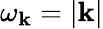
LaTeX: \omega_{\mathbf{k}}=|\mathbf{k}|